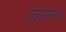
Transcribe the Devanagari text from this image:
यज्ञस्तम्भ